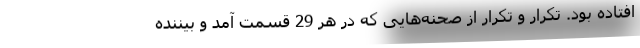
افتاده بود. تکرار و تکرار از صحنه‌هایی که در هر 29 قسمت آمد و بیننده